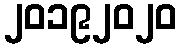
၂၀၁၉၂၀၂၀